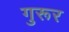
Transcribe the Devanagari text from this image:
गुरूर